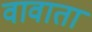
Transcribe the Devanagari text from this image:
वावाता